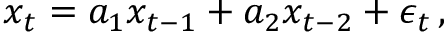
x _ { t } = a _ { 1 } x _ { t - 1 } + a _ { 2 } x _ { t - 2 } + \epsilon _ { t } \, ,